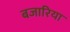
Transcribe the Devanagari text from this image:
बजारिया